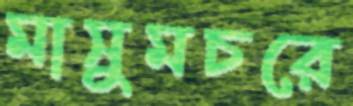
মাসুমচরে